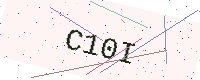
Text: C10I